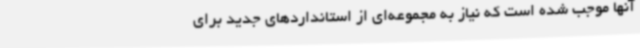
آنها موجب شده است که نیاز به مجموعه‌ای از استانداردهای جدید برای